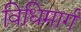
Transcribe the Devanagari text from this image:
विधिमार्ग